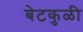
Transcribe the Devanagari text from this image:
बेटकुळी